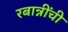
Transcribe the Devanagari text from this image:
रबान्नींची